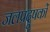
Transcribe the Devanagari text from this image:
जलप्रदूषकों